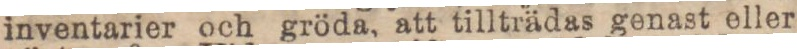
inventarier och gröda, att tillträdas genast eller